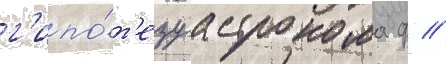
г'ипо́т'езу астронома ф //